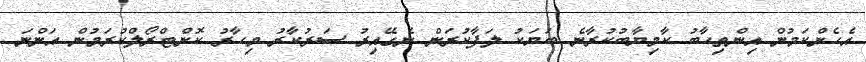
އެހެންކަމުން އިންތިހާބު ކާމިޔާބުކުރާނެ ބަޔަކު ލަފާކުރަން ނެގޭއިރު ސަރުކާރު މިހާރު ކޮންޓްރޯލްކުރަމުން އަންނަ